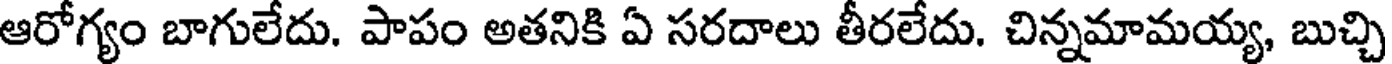
ఆరోగ్యం బాగులేదు. పాపం అతనికి ఏ సరదాలు తీరలేదు. చిన్నమామయ్య, బుచ్చి